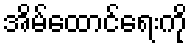
အိမ်ထောင်ရေးကို